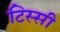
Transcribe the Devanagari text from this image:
टिस्सी